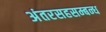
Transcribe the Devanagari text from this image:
अंतरसहसम्बन्ध